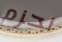
نحزم